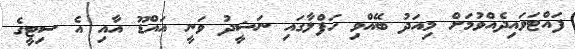
ފައްޓަވައިދެއްވުމަށް މިއަދު ބޭއްވި ހަފްލާގައި ނަޝީދު ވަނީ އައްޑޫ އާއި އެ ސިޓީގެ